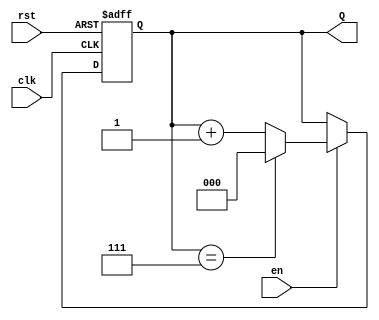
module binary_up_counter #(
    parameter N = 3  // Parameter for the bit width (default is 3 bits)
) (
    input wire clk,       // Clock input
    input wire rst,       // Asynchronous reset input
    input wire en,        // Enable input
    output reg [N-1:0] Q // n-bit count output
);

// Always block sensitive to clock and reset conditions
always @(posedge clk or posedge rst) begin
    if (rst) begin
        // Asynchronous reset to zero
        Q <= 0;
    end else if (en) begin
        // Increment the counter
        if (Q == {N{1'b1}}) begin
            Q <= 0;  // Wrap around to 0 if maximum value is reached
        end else begin
            Q <= Q + 1;  // Increment the counter
        end
    end
    // If en is low, the counter retains its current value (no else statement needed)
end

endmodule